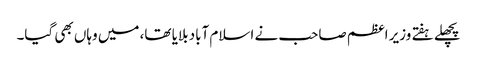
پچھلے ہفتے وزیر اعظم صاحب نے اسلام آباد بلایا تھا، میں وہاں بھی گیا۔